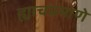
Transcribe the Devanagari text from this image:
ह्याचप्रमाणे